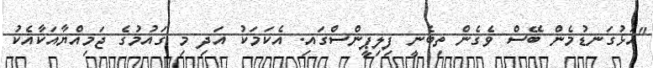
"އަޅުގަނޑުމެން ބޭސް ވެގެން ތިބެނީ ފިލިޕީންސްގައި. އެކަމަކު އަދި މި ގައުމުގެ ޖަމިއްޔާއަކާއެކު